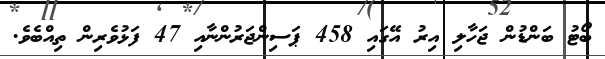
ބޯޓު ބަންޑުން ޖަހާލި އިރު އޭގައި 458 ޕަސިންޖަރުންނާއި 47 ފަޅުވެރިން ތިއްބެވެ.